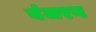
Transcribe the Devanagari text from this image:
बंजरग